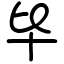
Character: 毕